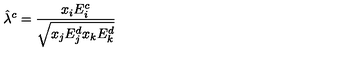
\hat { \lambda } ^ { c } = \frac { x _ { i } E _ { i } ^ { c } } { \sqrt { x _ { j } E _ { j } ^ { d } x _ { k } E _ { k } ^ { d } } }